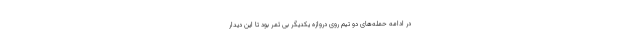
در ادامه حمله‌های دو تیم روی دروازه یکدیگر بی ثمر بود تا این دیدار